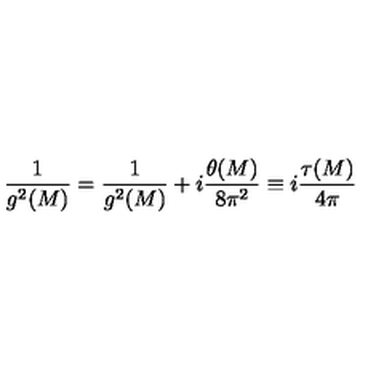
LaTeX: { \frac { 1 } { g ^ { 2 } ( M ) } } = { \frac { 1 } { g ^ { 2 } ( M ) } } + i { \frac { \theta ( M ) } { 8 \pi ^ { 2 } } } \equiv i { \frac { \tau ( M ) } { 4 \pi } }